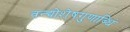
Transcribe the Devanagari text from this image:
वन्द्योशेषगुणाब्धिं